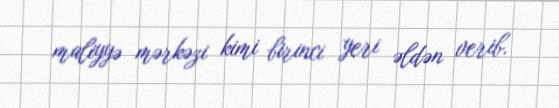
maliyyə mərkəzi kimi birinci yeri əldən verib.